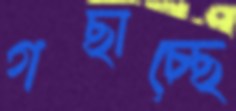
গছাচ্ছে